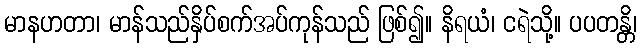
မာနဟတာ၊ မာန်သည်နှိပ်စက်အပ်ကုန်သည် ဖြစ်၍။ နိရယံ၊ ငရဲသို့။ ပပတန္တိ၊